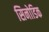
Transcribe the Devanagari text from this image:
सिनोडिक